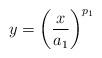
LaTeX: \begin{align*} y = \left( \frac{x}{a_1}\right)^{p_1}\end{align*}